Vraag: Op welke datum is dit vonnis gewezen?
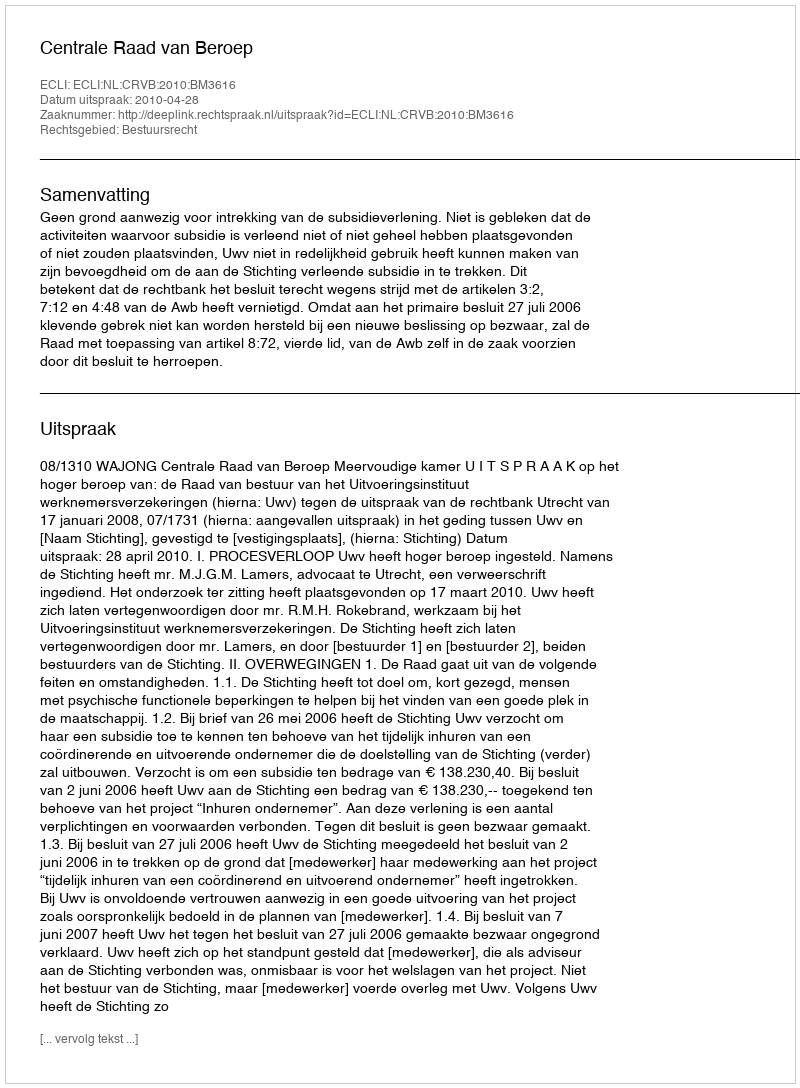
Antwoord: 2010-04-28